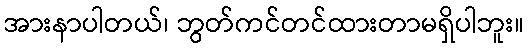
အားနာပါတယ်၊ ဘွတ်ကင်တင်ထားတာမရှိပါဘူး။